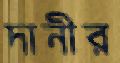
দানীর